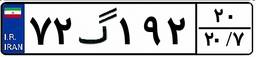
۷۲گ۱۹۲۲۰